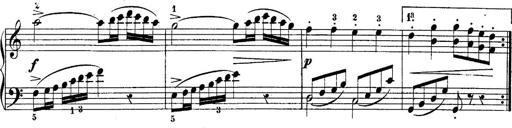
Title: 10 Sonatines progressives
Composer: Anton Schmoll